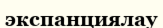
экспанциялау